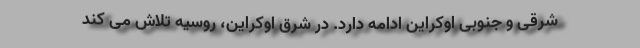
شرقی و جنوبی اوکراین ادامه دارد. در شرق اوکراین، روسیه تلاش می کند